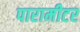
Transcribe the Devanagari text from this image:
पारामीटर